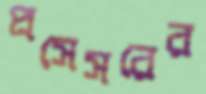
প্রসেসরের